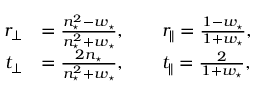
\begin{array} { r l } { r _ { \perp } } & { = \frac { n _ { \star } ^ { 2 } - w _ { \star } } { n _ { \star } ^ { 2 } + w _ { \star } } , \qquad r _ { \parallel } = \frac { 1 - w _ { \star } } { 1 + w _ { \star } } , } \\ { t _ { \perp } } & { = \frac { 2 n _ { \star } } { n _ { \star } ^ { 2 } + w _ { \star } } , \qquad t _ { \parallel } = \frac { 2 } { 1 + w _ { \star } } , } \end{array}